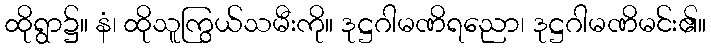
ထိုရွာ၌။ နံ၊ ထိုသူကြွယ်သမီးကို။ ဒုဋ္ဌဂါမဏိရညော၊ ဒုဋ္ဌဂါမဏိမင်း၏။